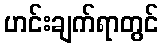
ဟင်းချက်ရာတွင်